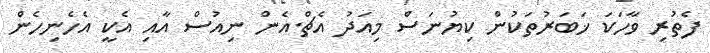
ފެތުރި ވާހަކަ ޚަބަރުތަކުން ކިޔުނަސް މިއަދު އެޗް.އެން ނިއުސް އާއި އެކީ އެހެނިހެން